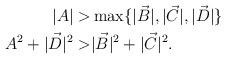
LaTeX: \begin{align*}|A| > & \max \{ |\vec{B}|, |\vec{C}|, |\vec{D}| \} \\A^2 + |\vec{D}|^2 > & |\vec{B}|^2+|\vec{C}|^2.\end{align*}